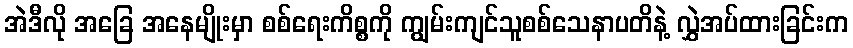
အဲဒီလို အခြေ အနေမျိုးမှာ စစ်ရေးကိစ္စကို ကျွမ်းကျင်သူစစ်သေနာပတိနဲ့ လွှဲအပ်ထားခြင်းက